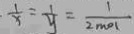
\frac { 1 } { x } = \frac { 1 } { y } = \frac { 1 } { 2 m o l }